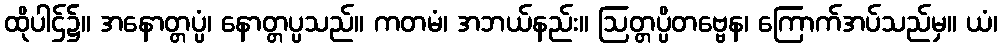
ထိုပါဌ်၌။ အနောတ္တပ္ပံ၊ နောတ္တပ္ပသည်။ ကတမံ၊ အဘယ်နည်း။ ဩတ္တပ္ပိတဗ္ဗေန၊ ကြောက်အပ်သည်မှ။ ယံ၊